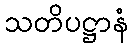
သတိပဋ္ဌာနံ